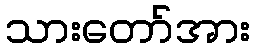
သားတော်အား